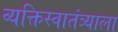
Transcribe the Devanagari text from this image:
व्यक्तिस्वातंत्र्याला